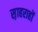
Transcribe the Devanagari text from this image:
स़ाहराहों